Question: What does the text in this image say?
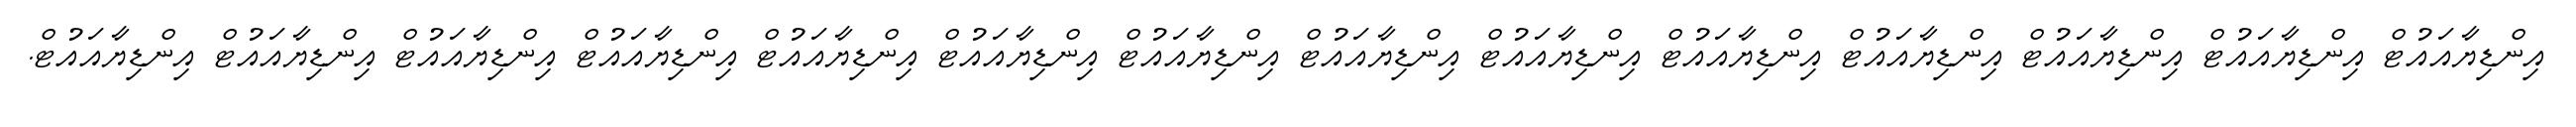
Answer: އިންޑިޔާއައުޓް އިންޑިޔާއައުޓް އިންޑިޔާއައުޓް އިންޑިޔާއައުޓް އިންޑިޔާއައުޓް އިންޑިޔާއައުޓް އިންޑިޔާއައުޓް އިންޑިޔާއައުޓް އިންޑިޔާއައުޓް އިންޑިޔާއައުޓް އިންޑިޔާއައުޓް އިންޑިޔާއައުޓް އިންޑިޔާއައުޓް އިންޑިޔާއައުޓް.